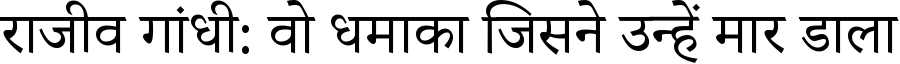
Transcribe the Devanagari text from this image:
राजीव गांधी: वो धमाका जिसने उन्हें मार डाला